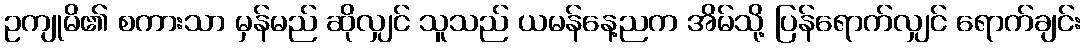
ဥကျုမိ၏ စကားသာ မှန်မည် ဆိုလျှင် သူသည် ယမန်နေ့ညက အိမ်သို့ ပြန်ရောက်လျှင် ရောက်ချင်း